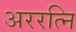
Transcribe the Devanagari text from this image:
अररत्नि